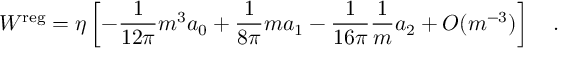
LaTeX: W ^ { \mathrm { \tiny { r e g } } } = \eta \left[ - { \frac { 1 } { 1 2 \pi } } m ^ { 3 } a _ { 0 } + { \frac { 1 } { 8 \pi } } m a _ { 1 } - { \frac { 1 } { 1 6 \pi } } { \frac { 1 } { m } } a _ { 2 } + O ( m ^ { - 3 } ) \right] ~ ~ ~ .